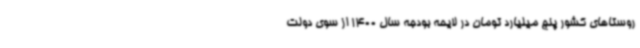
روستاهای کشور پنج میلیارد تومان در لایحه بودجه سال 1400 از سوی دولت